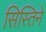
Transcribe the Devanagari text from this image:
सिस्तिने